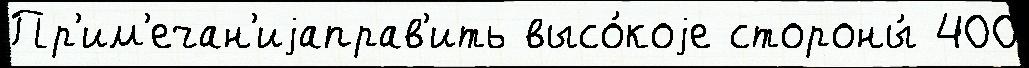
Пр'им'ечан'иjаправ'ить высо́коjе стороны́ 400